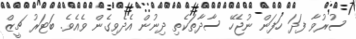
ސުރުވާ ފަދަ ހަފަން ނުޖެހޭ ސާދާތަކެތި ދިނުން އެދެވިގެން ވެއެވެ. ބަޓަރު ޗީޒް